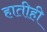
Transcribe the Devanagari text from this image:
हातीही